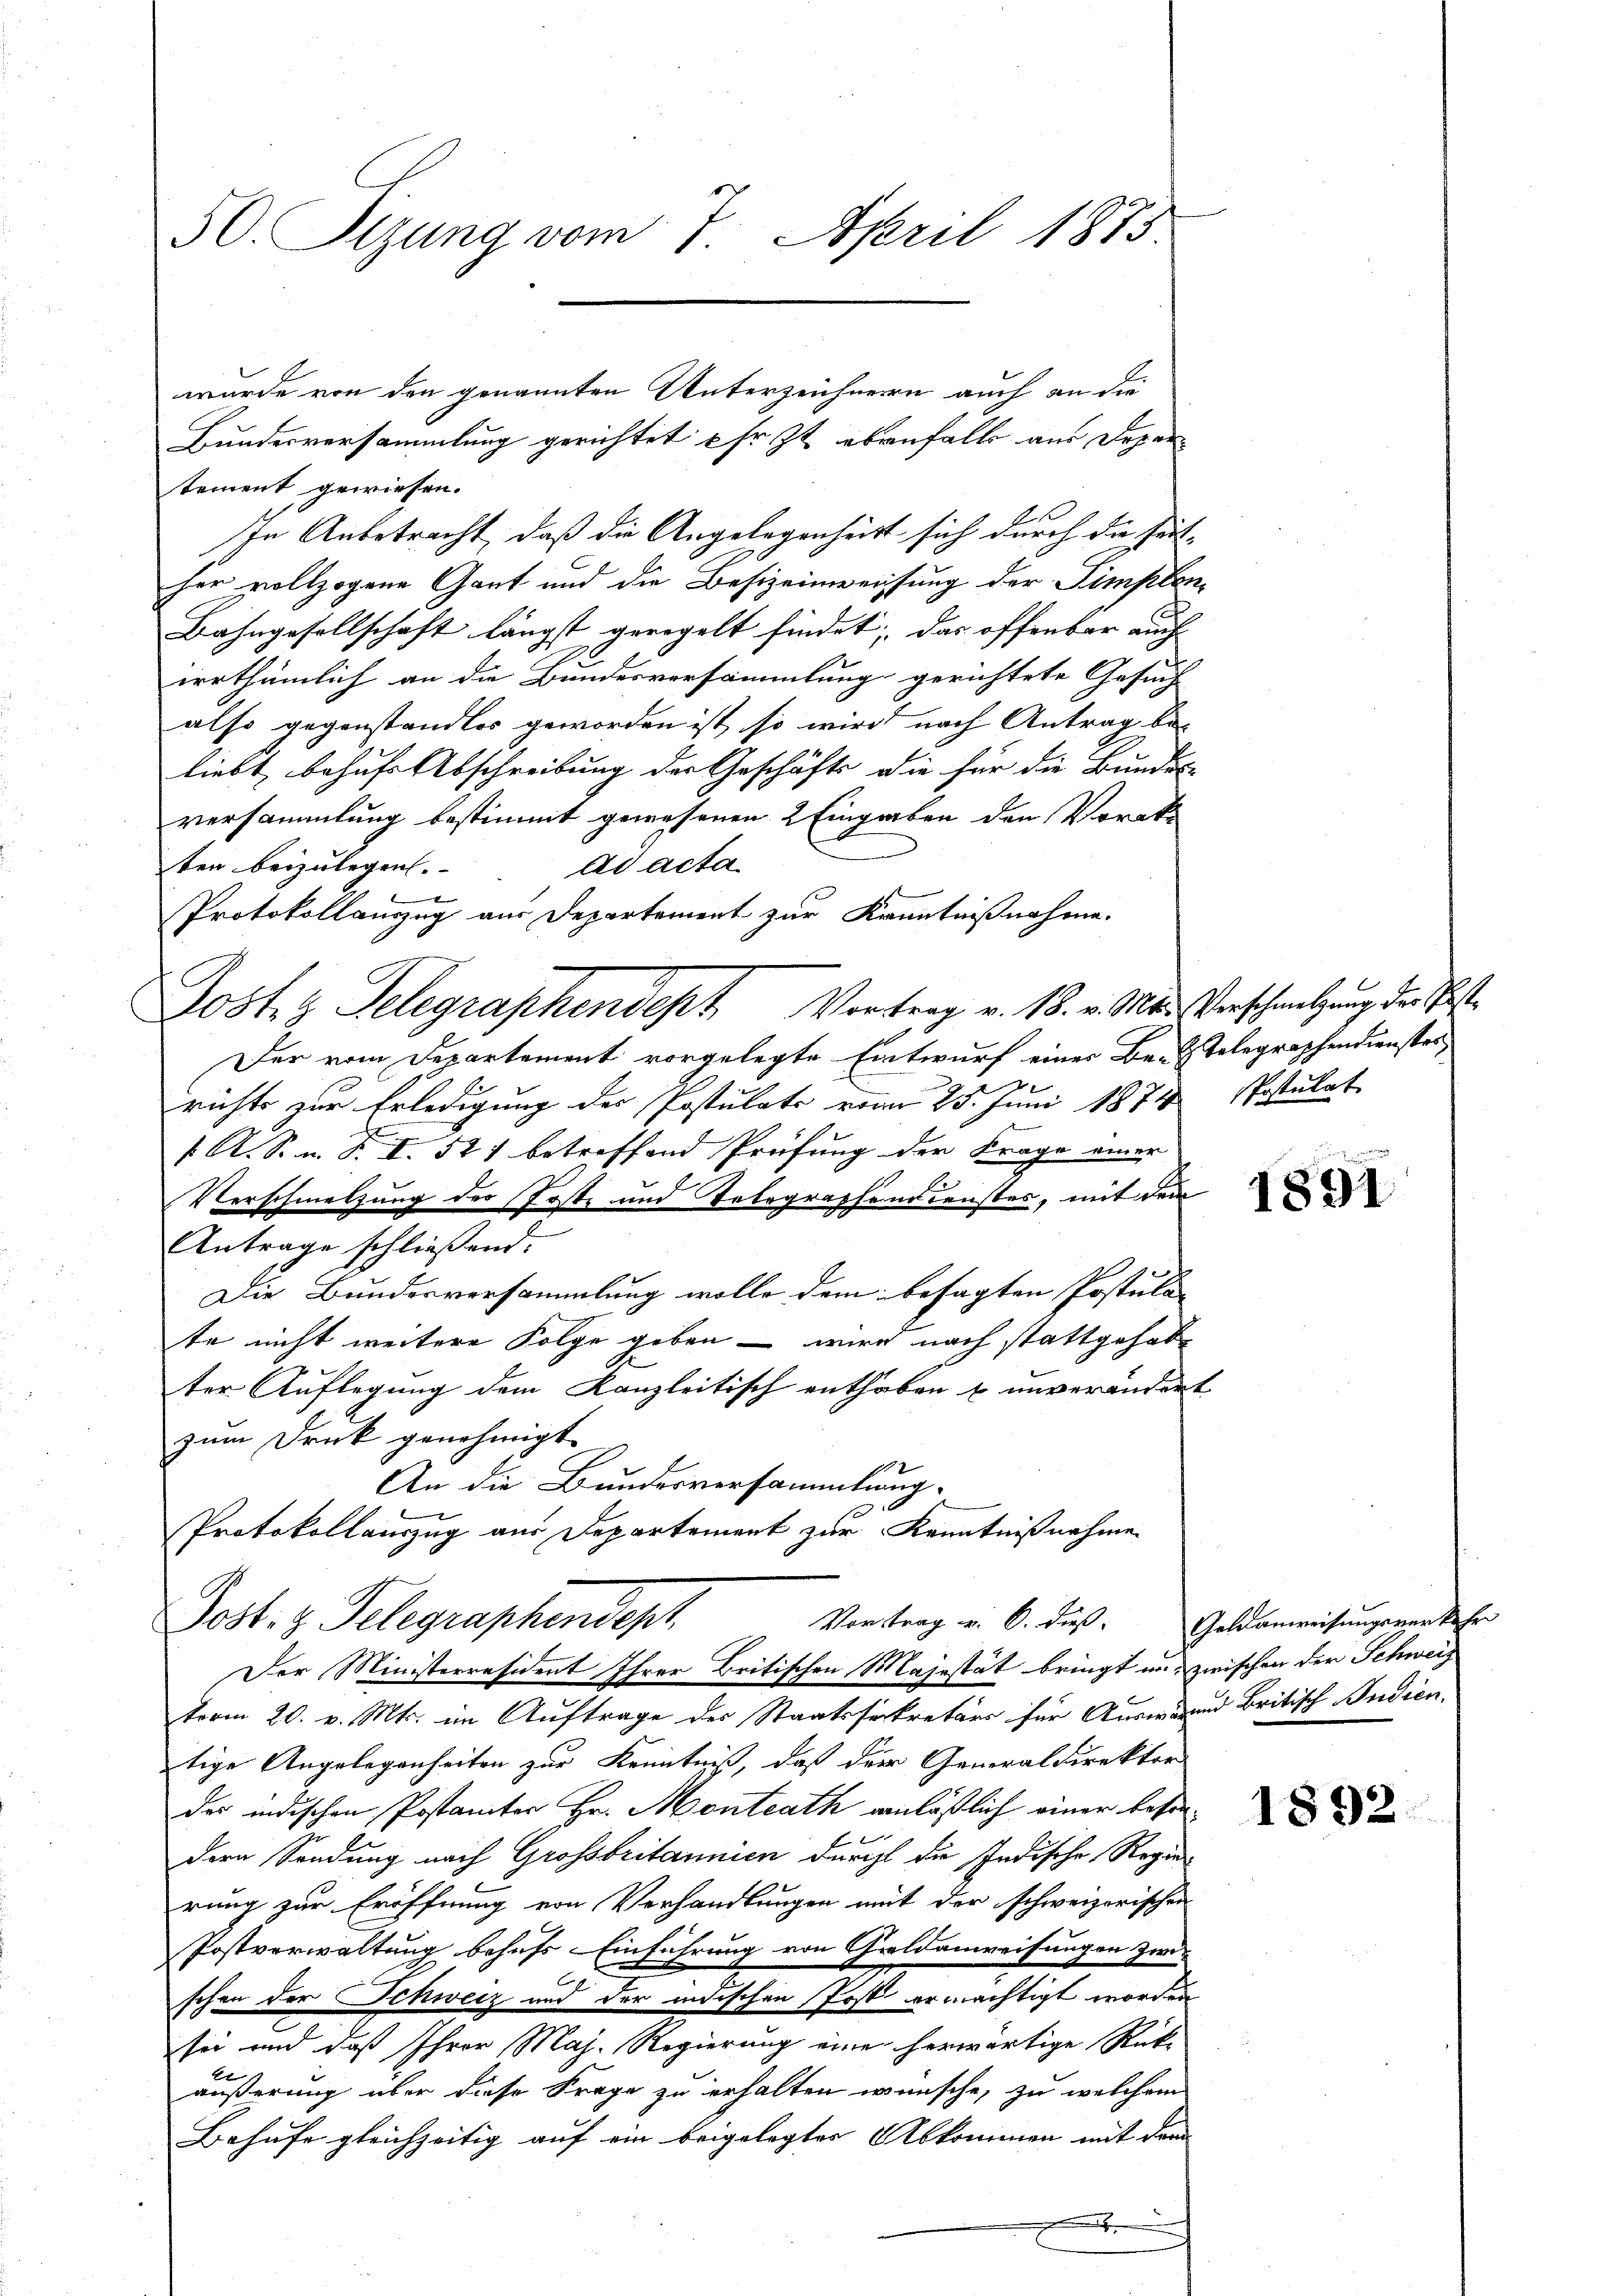
Bundesversammlung gerichtet fr. Zt. ebenfalls aus Depar
tement gewiesen.
In Anbetracht, daß die Angelegenheit sich durch die seit- |
her vollzogene Gant und die Besizeinweisung der Simplon¬
Bahngesellschaft längst geregelt findet, das offenbar auch
irrthümlich an die Bundesversammlung gerichtete Gesuch
also gegenstandlos geworden ist, so wird nach Antrag be-
liebt, behufs Abschreibung der Geschäfts die für die Bundes-
versammlung bestimmt gewesenen 2 Eingaben den Vorabs
ten beizulegen.
ad acta
Protokollauszug aus Departement zur Kenntnißnahme.
Jost Telegraphendept Vortrag v. 18. v. Mad. Verschmelzung der Post¬
Der vom Departement vorgelegte Entwurf einer Be-Telegraphendienstes
richts zur Erledigung der Postulats vom 25. Juni 1874 Postulat
/A. S. n. F. I. 521 betreffend Prüfung der Frage einer
Verschmelzung der Poste und Telegraphendienstes, mit dem
Antrage schließend.
Die Bundesversammlung wolle dem besagten Postula
te nicht weitere Folge geben – wird nach stattgehabt
ter Auflegung dem Kanzleitisch enthoben & unverändert
zum Druck genehmigt.
An die Bundesversammlung.
Protokollauszug aus Departement zur Kenntnißnahme

50. Sizung vom 7. April 1873.

wurde von den genannten Unterzeichnern auch an die

Post. z. Telegraphendept

Der Ministerresident Ihrer Britischen Majestät bringt unzwischen der Schweis
term 20. v. Mts. im Auftrage des Staatssekretärs für Auswand britisch Indien.
tige Angelegenheiten zur Kenntniß, daß der Generaldirektor
der indischen Postamter Hr. Montrath anläßlich einer bessendern Sendung nach Grossbritannien durchl die Indische Regier
rung zur Eröffnung von Verhandlungen mit der schweizerischen
Postverwaltung behufs Einführung von Geldanweisungen zwi
s
schon der Schweiz und der indischen Post ermächtigt worden
sei und daß Ihrer Maj. Regierung eine herwärtige Rück-
2
äußerung über diese Frage zu erhalten wünsche, zu welchem
Behufe gleichzeitig auf ein beigelegter Abkommen mit dem
.

1891

Vortrag v. 6. dieß Geldanweisungsverkehr

1892.